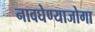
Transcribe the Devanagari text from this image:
नावघेण्याजोगा